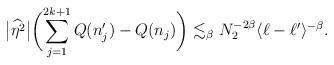
LaTeX: \begin{align*} \bigl|\widehat{\eta^2}\bigr|\biggl(\sum_{j=1}^{2k+1}Q(n_j')-Q(n_j)\biggr) \lesssim_\beta N_2^{-2\beta}\langle \ell-\ell' \rangle^{-\beta}.\end{align*}